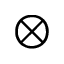
\otimes